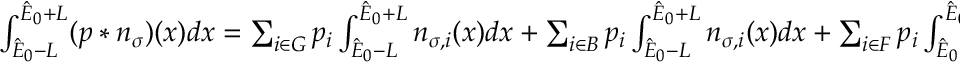
\begin{array} { r } { \int _ { \hat { E } _ { 0 } - L } ^ { \hat { E } _ { 0 } + L } ( p \ast n _ { \sigma } ) ( x ) d x = \sum _ { i \in G } p _ { i } \int _ { \hat { E } _ { 0 } - L } ^ { \hat { E } _ { 0 } + L } n _ { \sigma , i } ( x ) d x + \sum _ { i \in B } p _ { i } \int _ { \hat { E } _ { 0 } - L } ^ { \hat { E } _ { 0 } + L } n _ { \sigma , i } ( x ) d x + \sum _ { i \in F } p _ { i } \int _ { \hat { E } _ { 0 } - L } ^ { \hat { E } _ { 0 } + L } n _ { \sigma , i } ( x ) d x . } \end{array}